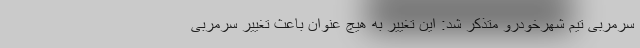
سرمربی تیم شهرخودرو متذکر شد: این تغییر به هیچ عنوان باعث تغییر سرمربی